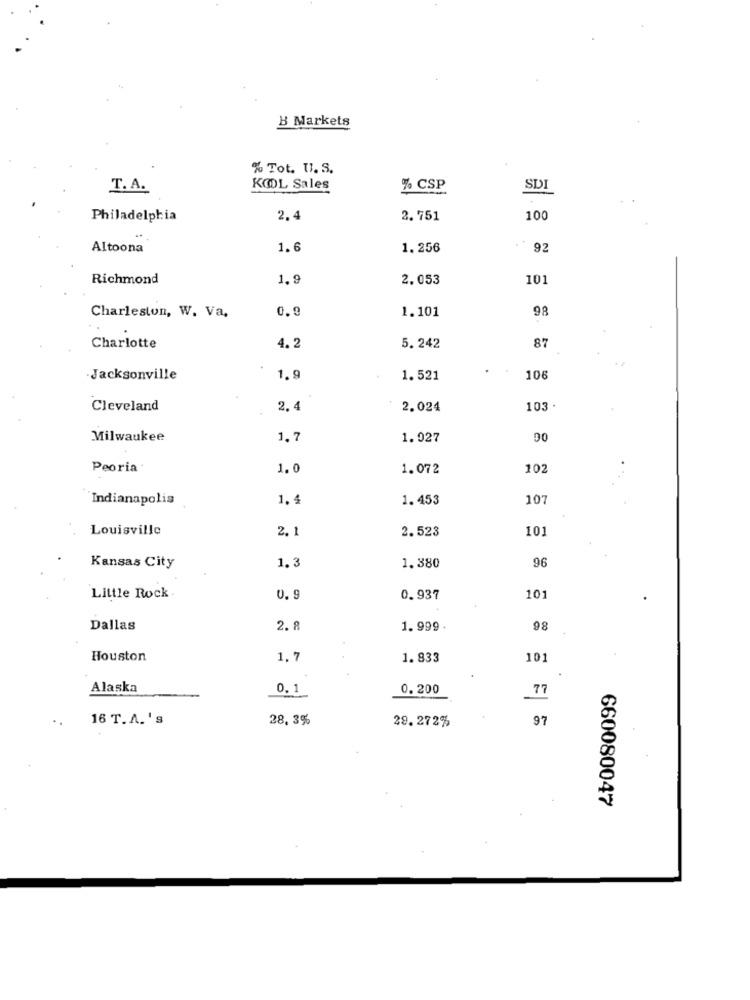
B Markets
% Tot. U. S.
T.A.
KOOL Sales
% CSP
SDI
Philadelphia
2.4
2.751
100
Altoona
1.6
1.256
92
Richmond
1.9
2.053
101
0.9
98
Charleston, W. Va.
1.101
87
Charlotte
4.2
5. 242
Jacksonville
1.9
1.521
106
Cleveland
2.4
2.024
103 .
Milwaukee
1.7
1.027
90
Peoria
1.0
1.072
102
Indianapolis
1.4
1.453
107
Louisville
2.1
2.523
101
96
Kansas City
1.3
1.380
Little Rock
0.9
0.937
10
Dallas
2.8
1.999
98
Houston
1.7
1. 833
101
Alaska
0. 1
0.200
77
16 T. A. ' s
28.3%
29.272%
97
660080047